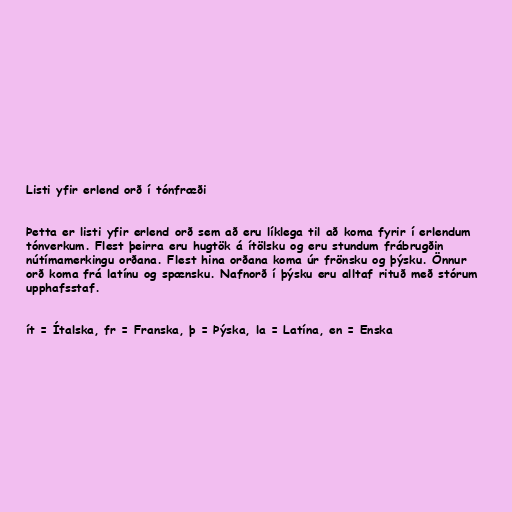
Listi yfir erlend orð í tónfræði

Þetta er listi yfir erlend orð sem að eru líklega til að koma fyrir í erlendum
tónverkum. Flest þeirra eru hugtök á ítölsku og eru stundum frábrugðin
nútímamerkingu orðana. Flest hina orðana koma úr frönsku og þýsku. Önnur
orð koma frá latínu og spænsku. Nafnorð í þýsku eru alltaf rituð með stórum
upphafsstaf.

ít = Ítalska, fr = Franska, þ = Þýska, la = Latína, en = Enska